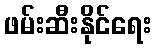
ဖမ်းဆီးနိုင်ရေး